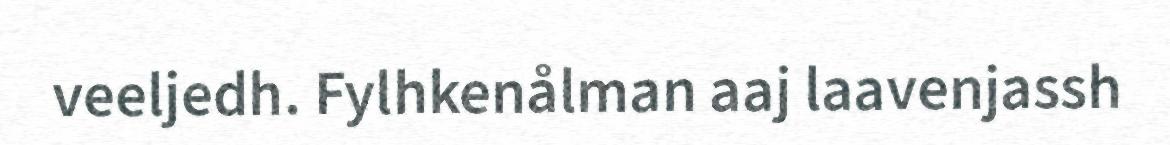
veeljedh. Fylhkenålman aaj laavenjassh